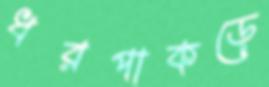
ধরপাকড়ে